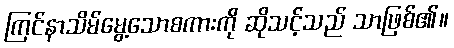
ကြင်နာသိမ်မွေ့သောစကားကို ဆိုသင့်သည် သာဖြစ်၏။